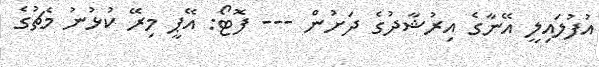
އުފުލައިލީ އޭނާގެ އިރުޝާދުގެ ދަށުން --- ފޮޓޯ: އޭޕީ މިރޭ ކުޅުނު މެޗުގެ